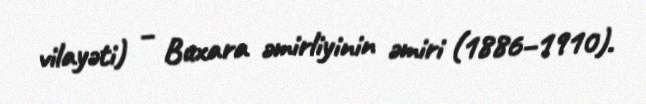
vilayəti) – Buxara əmirliyinin əmiri (1886–1910).